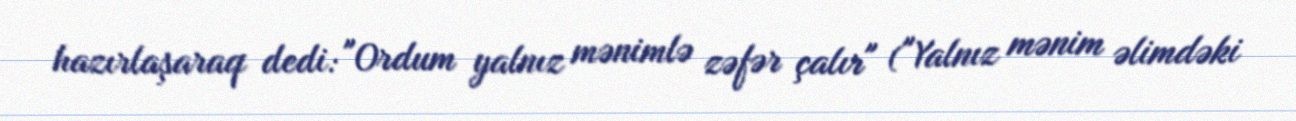
hazırlaşaraq dedi: "Ordum yalnız mənimlə zəfər çalır" ("Yalnız mənim əlimdəki